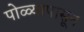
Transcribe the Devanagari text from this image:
पोळ्यापासून